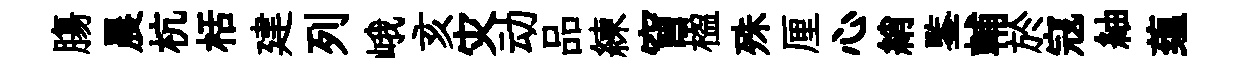
膓晨杭栝建列峨亥灾动品練窅楹殊厘心綃鍳輔於寇紬蕴